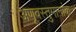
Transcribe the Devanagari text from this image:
अणूवस्तुमानांक